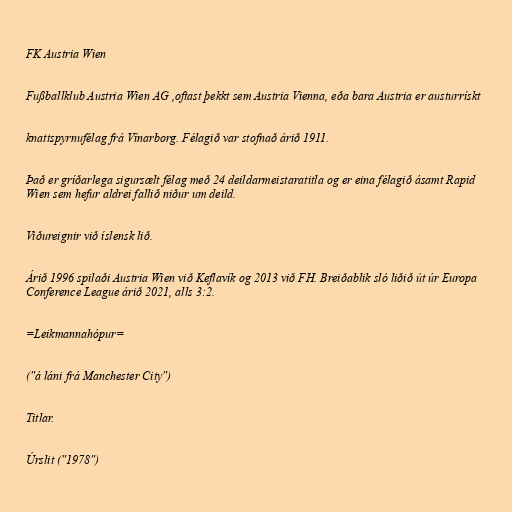
FK Austria Wien

Fußballklub Austria Wien AG ,oftast þekkt sem Austria Vienna, eða bara Austria er austurrískt

knattspyrnufélag frá Vínarborg. Félagið var stofnað árið 1911.

Það er gríðarlega sigursælt félag með 24 deildarmeistaratitla og er eina félagið ásamt Rapid
Wien sem hefur aldrei fallið niður um deild.

Viðureignir við íslensk lið.

Árið 1996 spilaði Austria Wien við Keflavík og 2013 við FH. Breiðablik sló liðið út úr Europa
Conference League árið 2021, alls 3:2.

=Leikmannahópur=

("á láni frá Manchester City")

Titlar.

Úrslit ("1978")